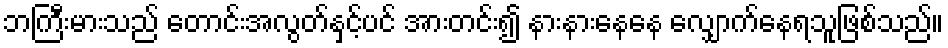
ဘကြီးမားသည် တောင်းအလွတ်နှင့်ပင် အားတင်း၍ နားနားနေနေ လျှောက်နေရသူဖြစ်သည်။